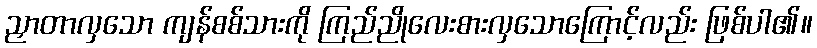
ညှာတာလှသော ကျန်စစ်သားကို ကြည်ညိုလေးစားလှသောကြောင့်လည်း ဖြစ်ပါ၏။